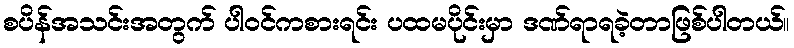
စပိန်အသင်းအတွက် ပါဝင်ကစားရင်း ပထမပိုင်းမှာ ဒဏ်ရာရခဲ့တာဖြစ်ပါတယ်။